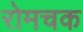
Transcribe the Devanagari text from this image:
रोमचक